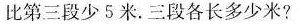
比第三段少5米。三段各长多少米?